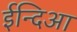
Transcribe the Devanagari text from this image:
ईन्दिआ